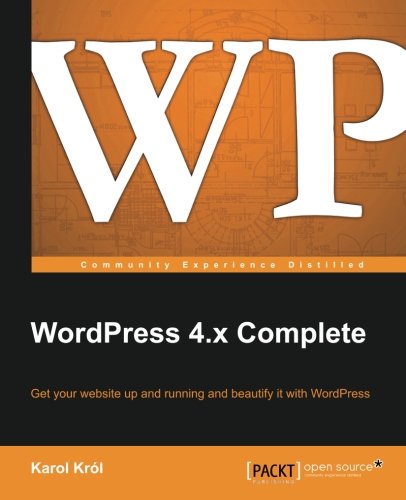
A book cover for WordPress 4.x Complete; Karol KrÃ³l; Computers & Technology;